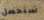
سنحصل